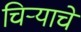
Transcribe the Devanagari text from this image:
चिऱ्याचे